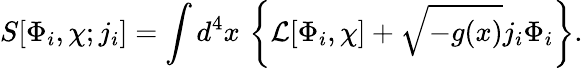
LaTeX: S[\Phi_{i},\chi;j_{i}]=\int d^{4}x\, \left\{ {\cal L}[\Phi_{i},\chi]+\sqrt{-g(x)}j_{i}\Phi_{i}\right\} .